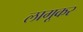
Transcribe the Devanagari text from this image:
लागूकर